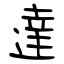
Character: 達